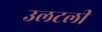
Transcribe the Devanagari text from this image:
उलटली